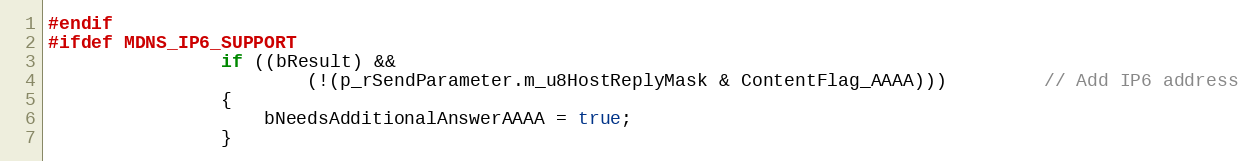
Language: C++
#endif
#ifdef MDNS_IP6_SUPPORT
                if ((bResult) &&
                        (!(p_rSendParameter.m_u8HostReplyMask & ContentFlag_AAAA)))         // Add IP6 address
                {
                    bNeedsAdditionalAnswerAAAA = true;
                }